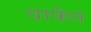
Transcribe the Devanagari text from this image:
वाफेत